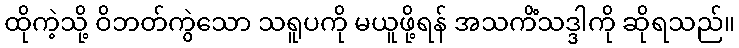
ထိုကဲ့သို့ ဝိဘတ်ကွဲသော သရူပကို မယူဖို့ရန် အသကိံသဒ္ဒါကို ဆိုရသည်။